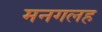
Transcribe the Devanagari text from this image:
मनगलह